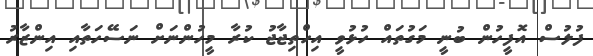
ފުލުސް އޮފީހުން ބުނީ މަގުތައް ހުޅުވީ އިހްތިޖާޖު ކުރާ މީހުންނަށް ނަސޭހަތާއި އިންޒާރު